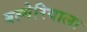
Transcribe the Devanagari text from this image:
बल्गेरियाला